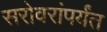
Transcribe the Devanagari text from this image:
सरोवरांपर्यंत